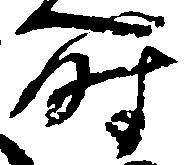
時